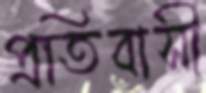
প্রতিবাসী